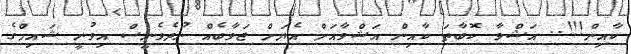
ކާއިން!!!.. އަޝްވާ ކޮބާތަ ކާއިން އަޝްވާއަށް އެޔަށް ޖަވާބެއް ނުދެވެނީސް އިވުނީ ޝައިމްގެ